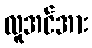
လူအင်အား